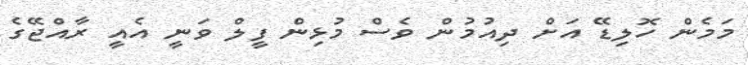
މަމެން ހޮލިޑޭ އަށް ދިއުމުން ވެސް މުޅިން ފީލް ވަނީ އެއީ ރާއްޖޭގެ